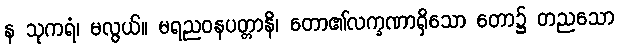
န သုကရံ၊ မလွယ်။ မရညဝနပတ္တာနိ၊ တော၏လက္ခဏာရှိသော တော၌ တညသော